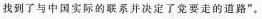
找到了与中国实际的联系并决定了党要走的道路”。